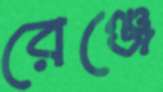
রেঞ্জে